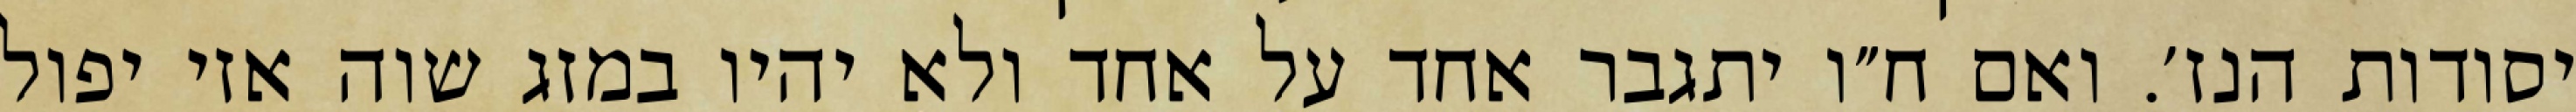
יסודות הנז׳. ואם ח״ו יתגבר אחד על אחד ולא יהיו במזג שוה אזי יפול